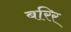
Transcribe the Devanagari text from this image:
बरिर